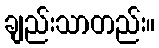
ချည်းသာတည်း။